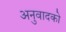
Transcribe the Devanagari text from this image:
अनुवादको